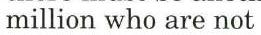
million who are not